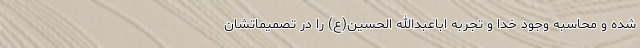
شده و محاسبه وجود خدا و تجربه اباعبدالله الحسین(ع) را در تصمیماتشان